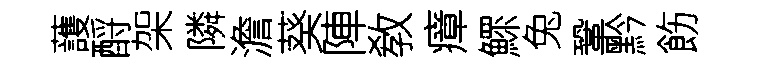
䕶酹架隣澹葵陣敎瘴鰥兔鞏黔飭